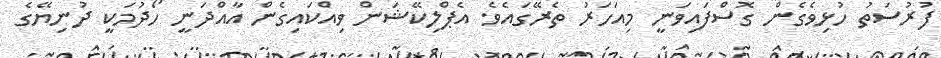
ފުރުސަތު ހުޅިވެގެން ގޮސްފައިވަނީ މިއަހަރު ތެރޭގައެވެ. އެޕްލިކޭޝަން ވިއްކައިގެން އާއްދަނީ ހޯދުމަކީ ދުނިޔޭގެ